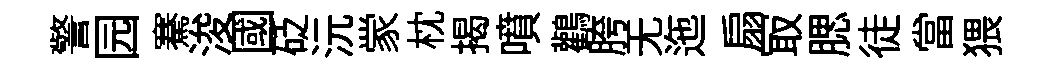
警园騫浚國砭沅䝉枕揭噴鸛胯无迤扇冣腮徒當猥